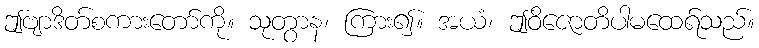
ဤဗျာဒိတ်စကားတော်ကို။ သုတွာန၊ ကြား၍။ အယံ၊ ဤဝိဇောတိပါမထေရ်သည်။